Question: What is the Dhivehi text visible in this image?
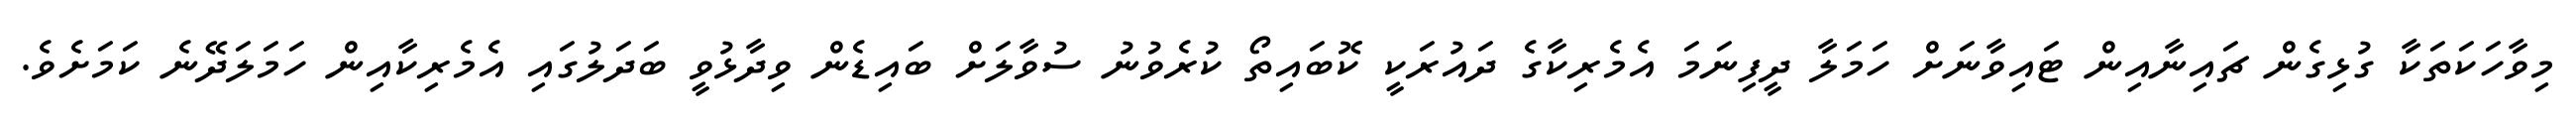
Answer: މިވާހަކަތަކާ ގުޅިގެން ޗައިނާއިން ޓައިވާނަށް ހަމަލާ ދީފިނަމަ އެމެރިކާގެ ދައުރަކީ ކޮބައިތޯ ކުރެވުނު ސުވާލަށް ބައިޑެން ވިދާޅުވީ ބަދަލުގައި އެމެރިކާއިން ހަމަލަދޭނެ ކަމަށެވެ.